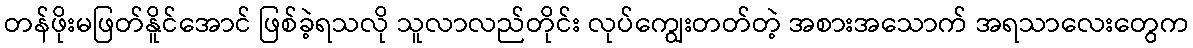
တန်ဖိုးမဖြတ်နိူင်အောင် ဖြစ်ခဲ့ရသလို သူလာလည်တိုင်း လုပ်ကျွေးတတ်တဲ့ အစားအသောက် အရသာလေးတွေက